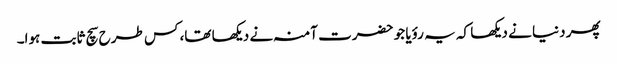
پھر دنیا نے دیکھا کہ یہ رؤیا جو حضرت آمنہ نے دیکھا تھا، کس طرح سچ ثابت ہوا۔